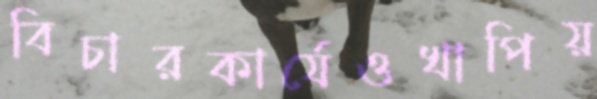
বিচারকার্যেওখাপিয়